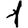
Digit: 1